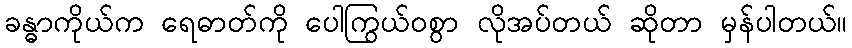
ခန္ဓာကိုယ်က ရေဓာတ်ကို ပေါကြွယ်ဝစွာ လိုအပ်တယ် ဆိုတာ မှန်ပါတယ်။